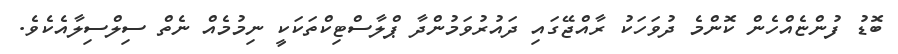
ބޮޑު ފުންޏެއްހެން ކޮންމެ ދުވަހަކު ރާއްޖޭގައި ދައުރުވަމުންދާ ޕްލާސްޓިކްތަކަކީ ނިމުމެއް ނެތް ސިލްސިލާއެކެވެ.